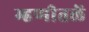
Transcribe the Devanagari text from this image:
म्हणीतलें